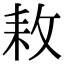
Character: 𢼡